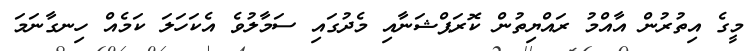
މީގެ އިތުރުން އާއްމު ރައްޔިތުން ކޮރަޕްޝަނާއި މެދުގައި ސަމާލުވެ އެކަހަލަ ކަމެއް ހިނގާނަމަ